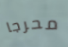
محرجا